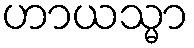
ဟာယသ္မာ